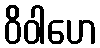
ဝိဝါဟေ